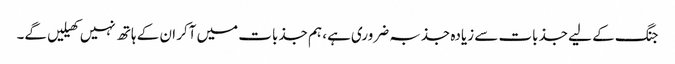
جنگ کے لیے جذبات سے زیادہ جذبہ ضروری ہے، ہم جذبات میں آکر ان کے ہاتھ نہیں کھیلیں گے۔